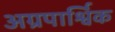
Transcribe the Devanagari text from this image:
अग्रपार्श्विक